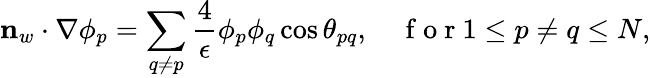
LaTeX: \mathbf{n}_{w}\cdot\nabla\phi_{p}=\sum_{q\neq p}\frac{4}{\epsilon}\phi_{p}\phi_{q}\cos\theta_{pq},\quad\mathrm{~f~o~r~}1\leq p\neq q\leq N,